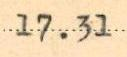
17.31